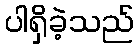
ပါရှိခဲ့သည်